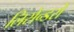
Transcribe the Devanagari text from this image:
लिसेन्डरों